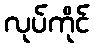
လုပ်ကိုင်